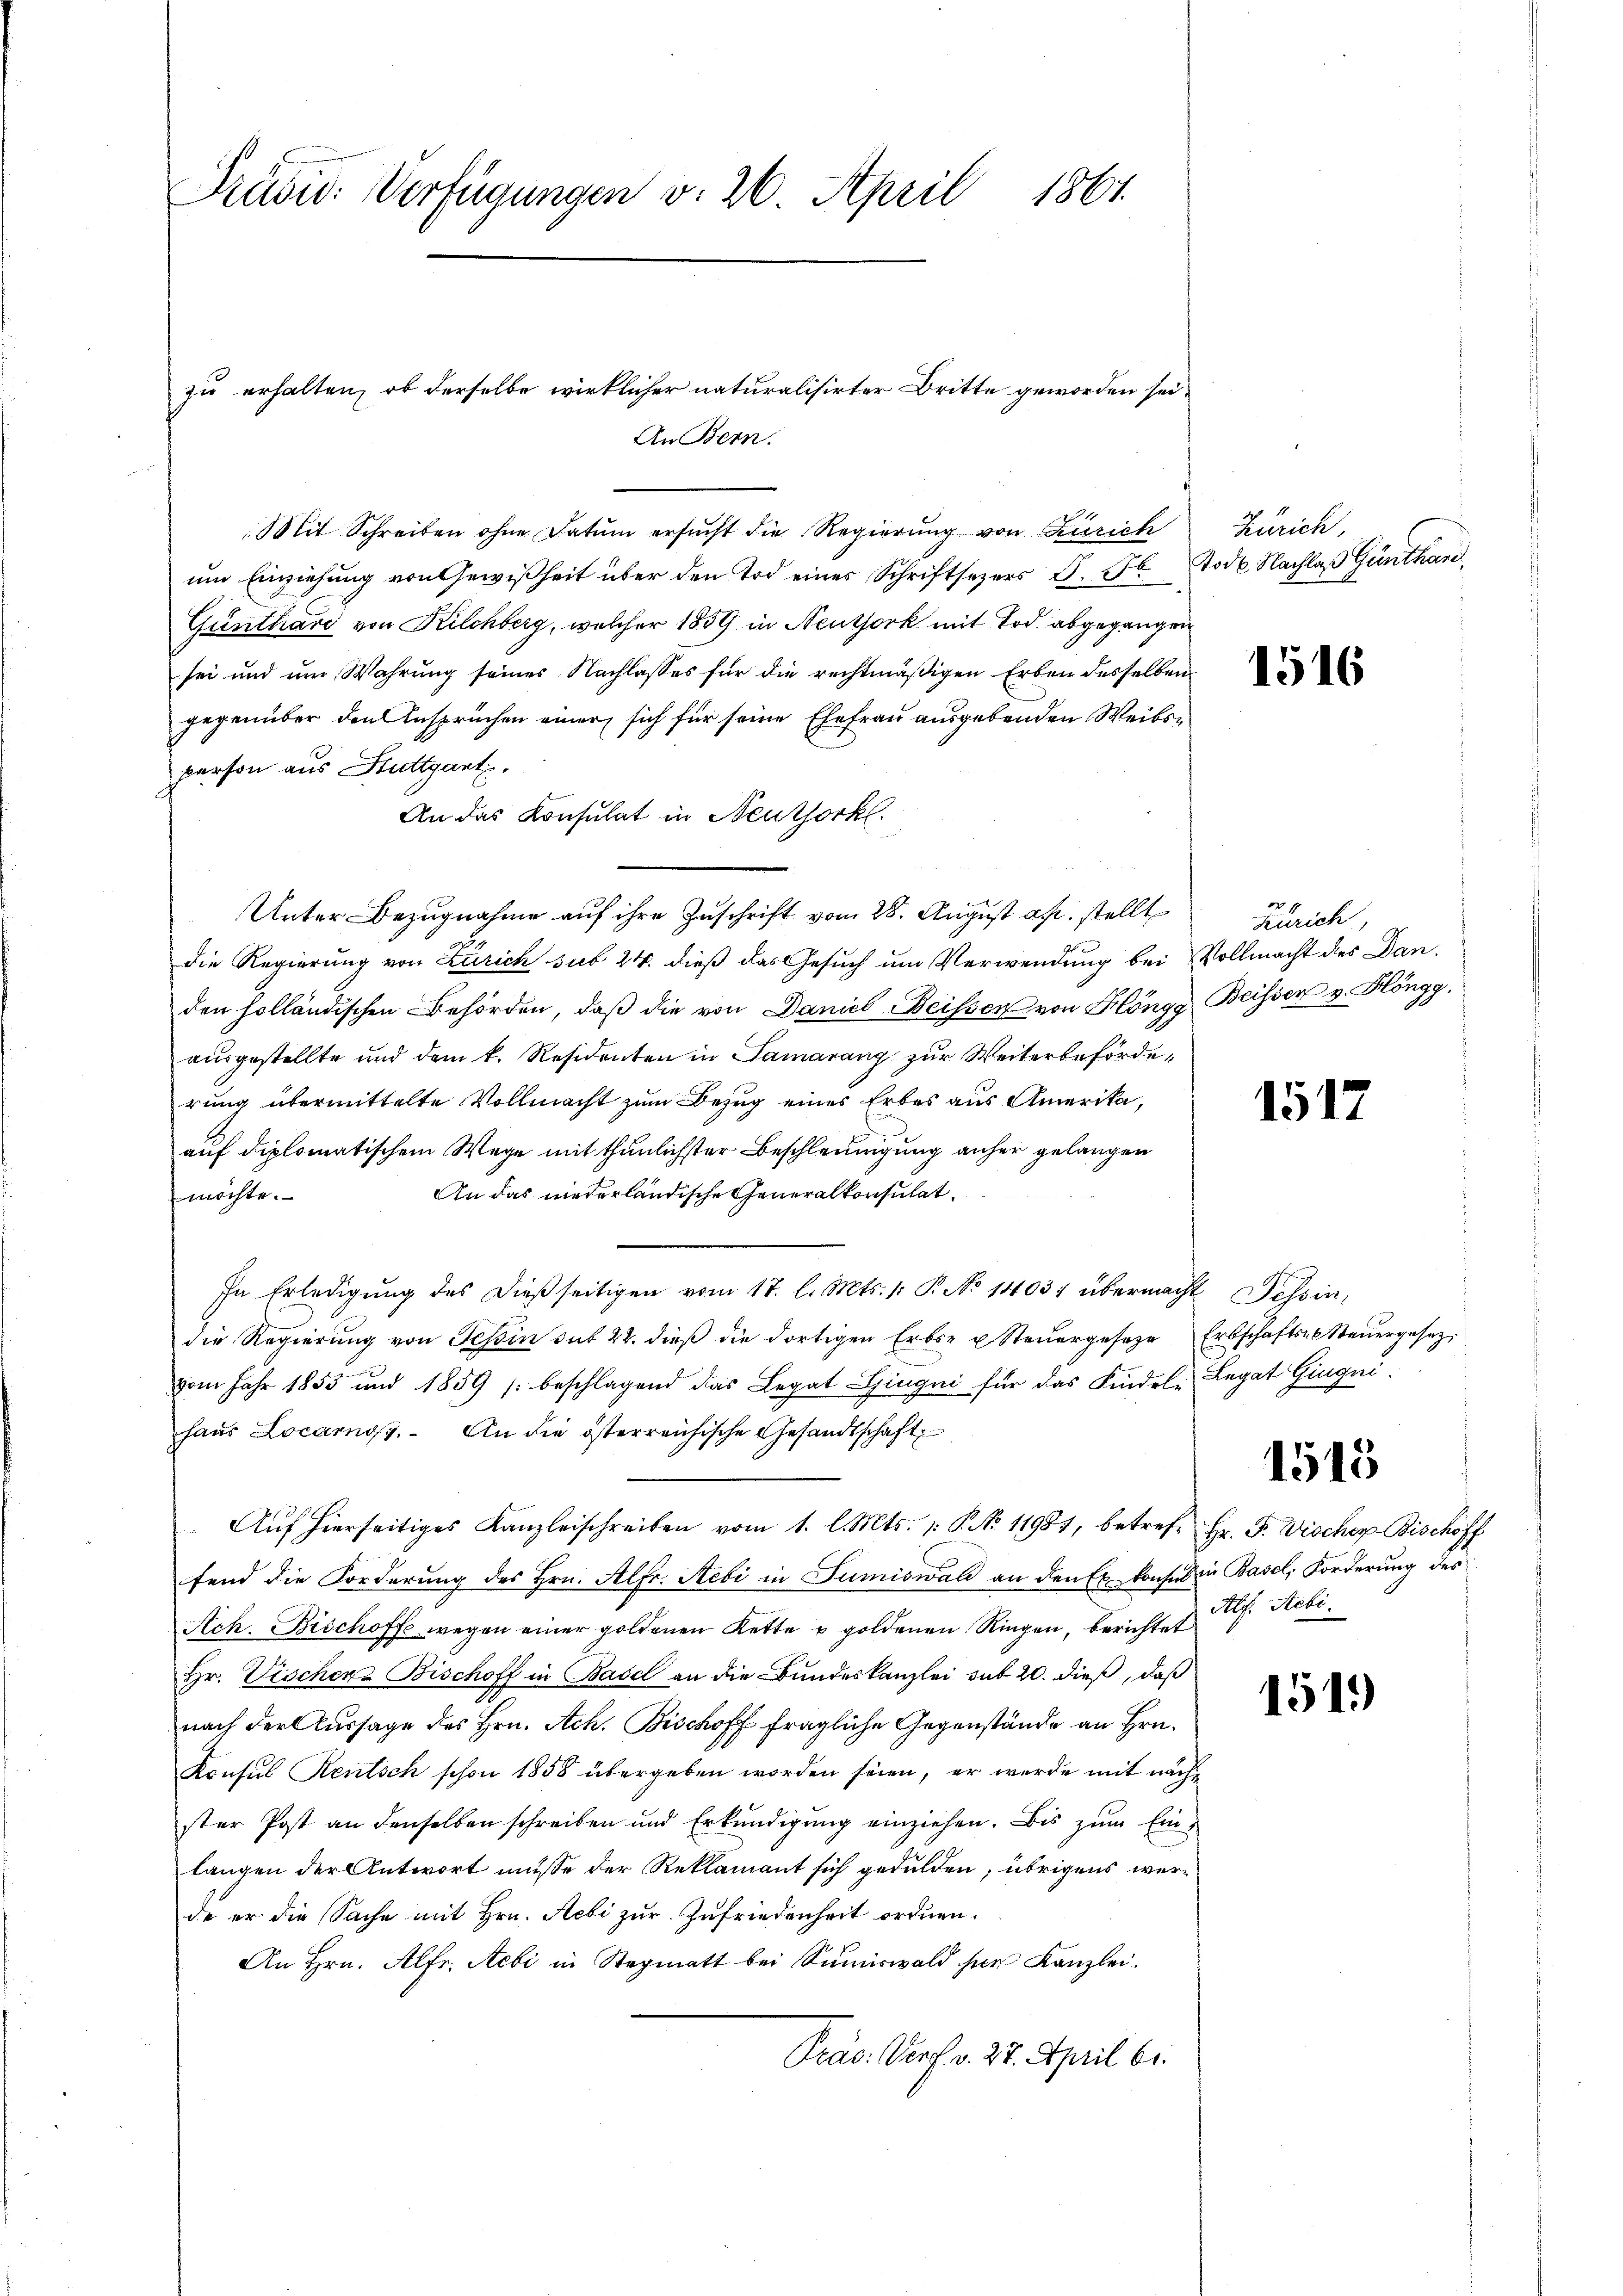
Präsid. Verfügungen v. 26. April 1861.

Mit Schreiben ohne Datum ersucht die Regierung von Zürich
um Einziehung von Gewißheit über den Tod einer Schriftsezers S. 56. Tode. Nachlaß Günthan,
Günthard von Kilchberg, welcher 1859 in Neuthork mit Tod abgegangen
sei und um Wahrung seines Nachlasses für die rechtmäßigen Erben desselben
gegenüber den Anspruchen einer sich für seine Ehefrau ausgebenden Weibsperson aus Stuttgart.
An das Konsulat in Neuthork
Unter Bezugnahme auf ihre Zuschrift vom 28. August ab. stellt
die Regierung von Zürich sub 24. dieß das Gesuch um Verwendung bei Vollmacht des Danden holländischen Behörden, daβ die von Daniel Beissen von Höngg Beisser v. Höngg.
ausgestellte und dem k. Residenten in Samarang zur Weiterbeförderung übermittelte Vollmacht zum Bezug eines Erbes aus Amerika,
auf diplomatischem Wege mit thunlichster Beschleunigung anher gelangen
An das niederländische Generalkonsulat
möchte.
In Erledigŭng des dieβ seitigen vom 17. l. Mts. 1. P. No 1403) übermacht Tessin,
die Regierung von Tessin sub 22. dieß die dortigen Erbs- u Steuergeseze Erbschafts-Steuergesezvom Jahr 1853 und 1859 beschlagend das Legat Gingni für das Kindele Legat Gingni
haus Locarnos. An die österreichische Gesandtschaft
Aŭf hierseitiges Kanzleischreiben vom 1. l. Mts. 1. P. No 11981, betrefe Hr. F. Vischer-Bischoff
fend die Forderung des Hrn. Alfr. Hebi in Sumiswald an den Er konsul in Basel, Forderung des
Ach. Bischoffe wegen einer goldenen Kette u goldenen Ringen, berichtet
Hr. Vischen Bischoff in Basel an die Bundeskanzlei sub 20. dieß, daß
nach der Aussage des Hrn. Ach. Bischoff fragliche Gegenstände an Hrn.
Konsul Reitsch schon 1858 übergeben worden seien, er werde mit nach
ster Post an denselben schreiben und Erkŭndigŭng einziehen. Bis zŭm Einlangen der Antwort müsse der Reklamant sich gedulden, übrigens werde er die Sache mit Hrn. Aebi zur Zufriedenheit ordnen.
An Hrn. Alfr. Aebi in Stegmatt bei Sŭmiswald für Kanzlei.
Präs. Verf. v. 27. April 61.

zu erhalten, ob derselbe wirklicher naturalisirter Britte geworden sei.
An Bern.

Zürich,

1516

Zürich,

1517

1515

Alf. Stebi.

1519)